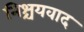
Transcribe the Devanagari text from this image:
निश्चयवाद